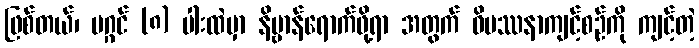
ဖြစ်တယ်၊ မဂ္ဂင် (၈) ပါးထဲမှာ နိဗ္ဗာန်ရောက်ဖို့ရာ အတွက် ဝိပဿနာကျင့်စဉ်ကို ကျင့်တဲ့